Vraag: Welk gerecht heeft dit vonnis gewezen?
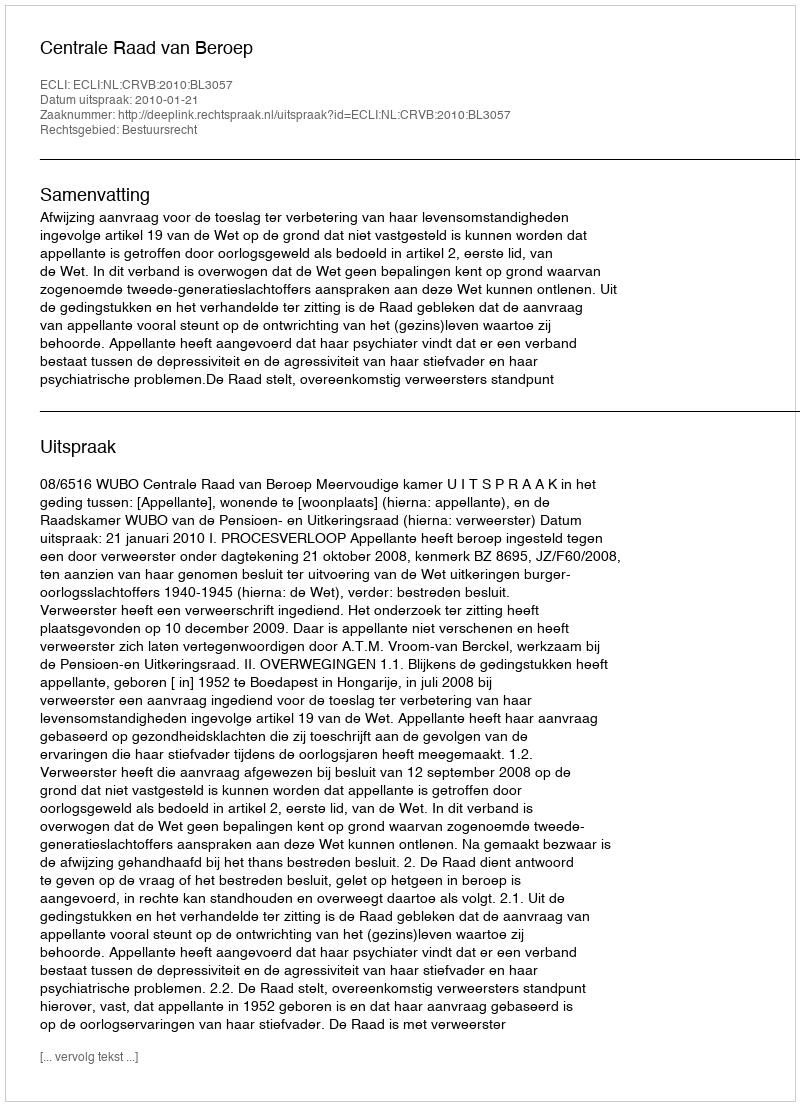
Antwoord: Centrale Raad van Beroep